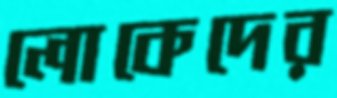
লোকেদের